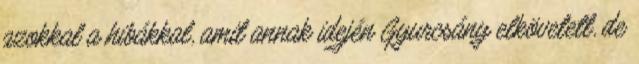
azokkal a hibákkal, amit annak idején Gyurcsány elkövetett, de